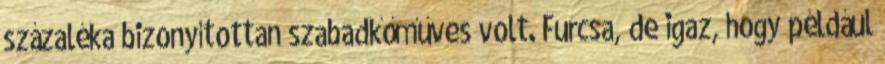
százaléka bizonyítottan szabadkőműves volt. Furcsa, de igaz, hogy például